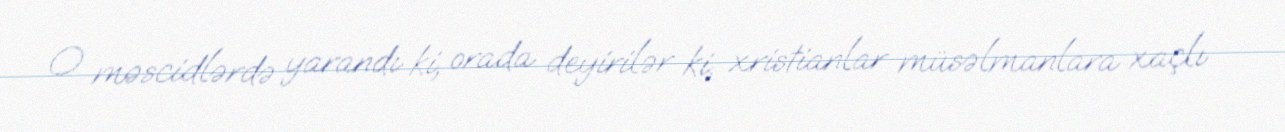
O məscidlərdə yarandı ki, orada deyirilər ki, xristianlar müsəlmanlara xaçlı